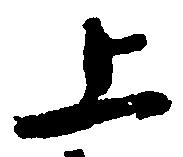
上